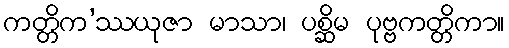
ကတ္တိက’ဿယုဇာ မာသာ၊ ပစ္ဆိမ ပုဗ္ဗကတ္တိကာ။